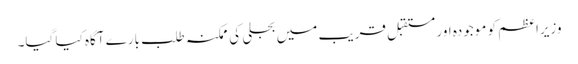
وزیراعظم کو موجودہ اور مستقبل قریب میں بجلی کی ممکنہ طلب بارے آگاہ کیا گیا۔